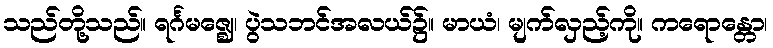
သည်တို့သည်။ ရင်္ဂမဇ္ဈေ၊ ပွဲသဘင်အလယ်၌။ မာယံ၊ မျက်လှည့်ကို။ ကရောန္တော၊